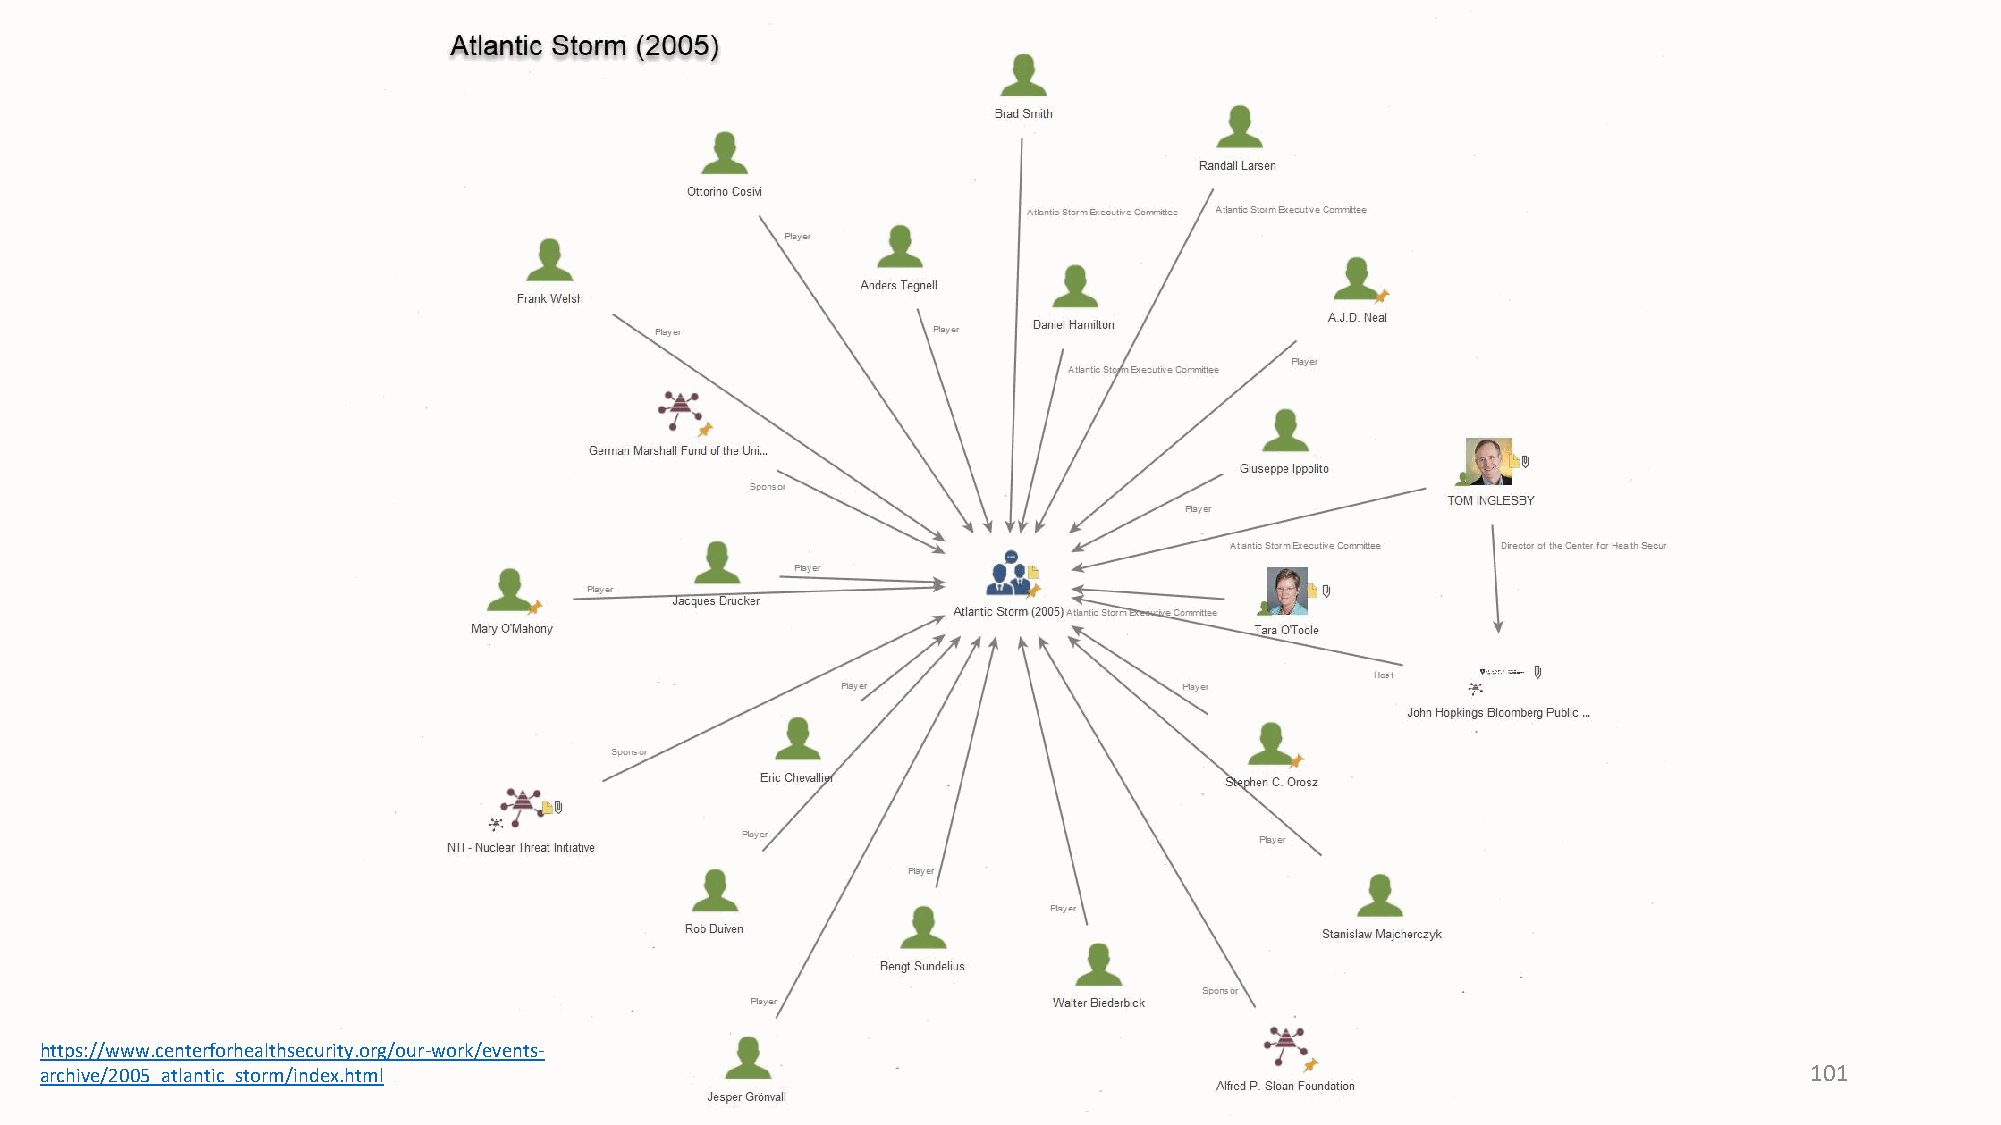
https://www.centerforhealthsecurity.org/our-work/events-
 archive/2005_atlantic_storm/index.html                                                                               101